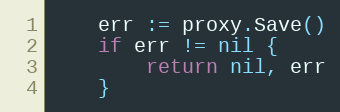
Language: Go
	err := proxy.Save()
	if err != nil {
		return nil, err
	}